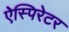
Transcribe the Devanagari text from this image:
ऐस्पिरेटर